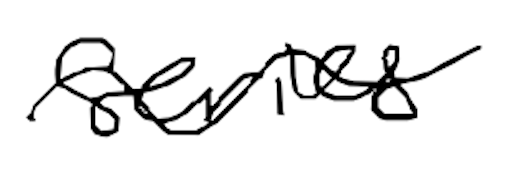
Text: series
Cross-out: wave
Writing tool: digital_black